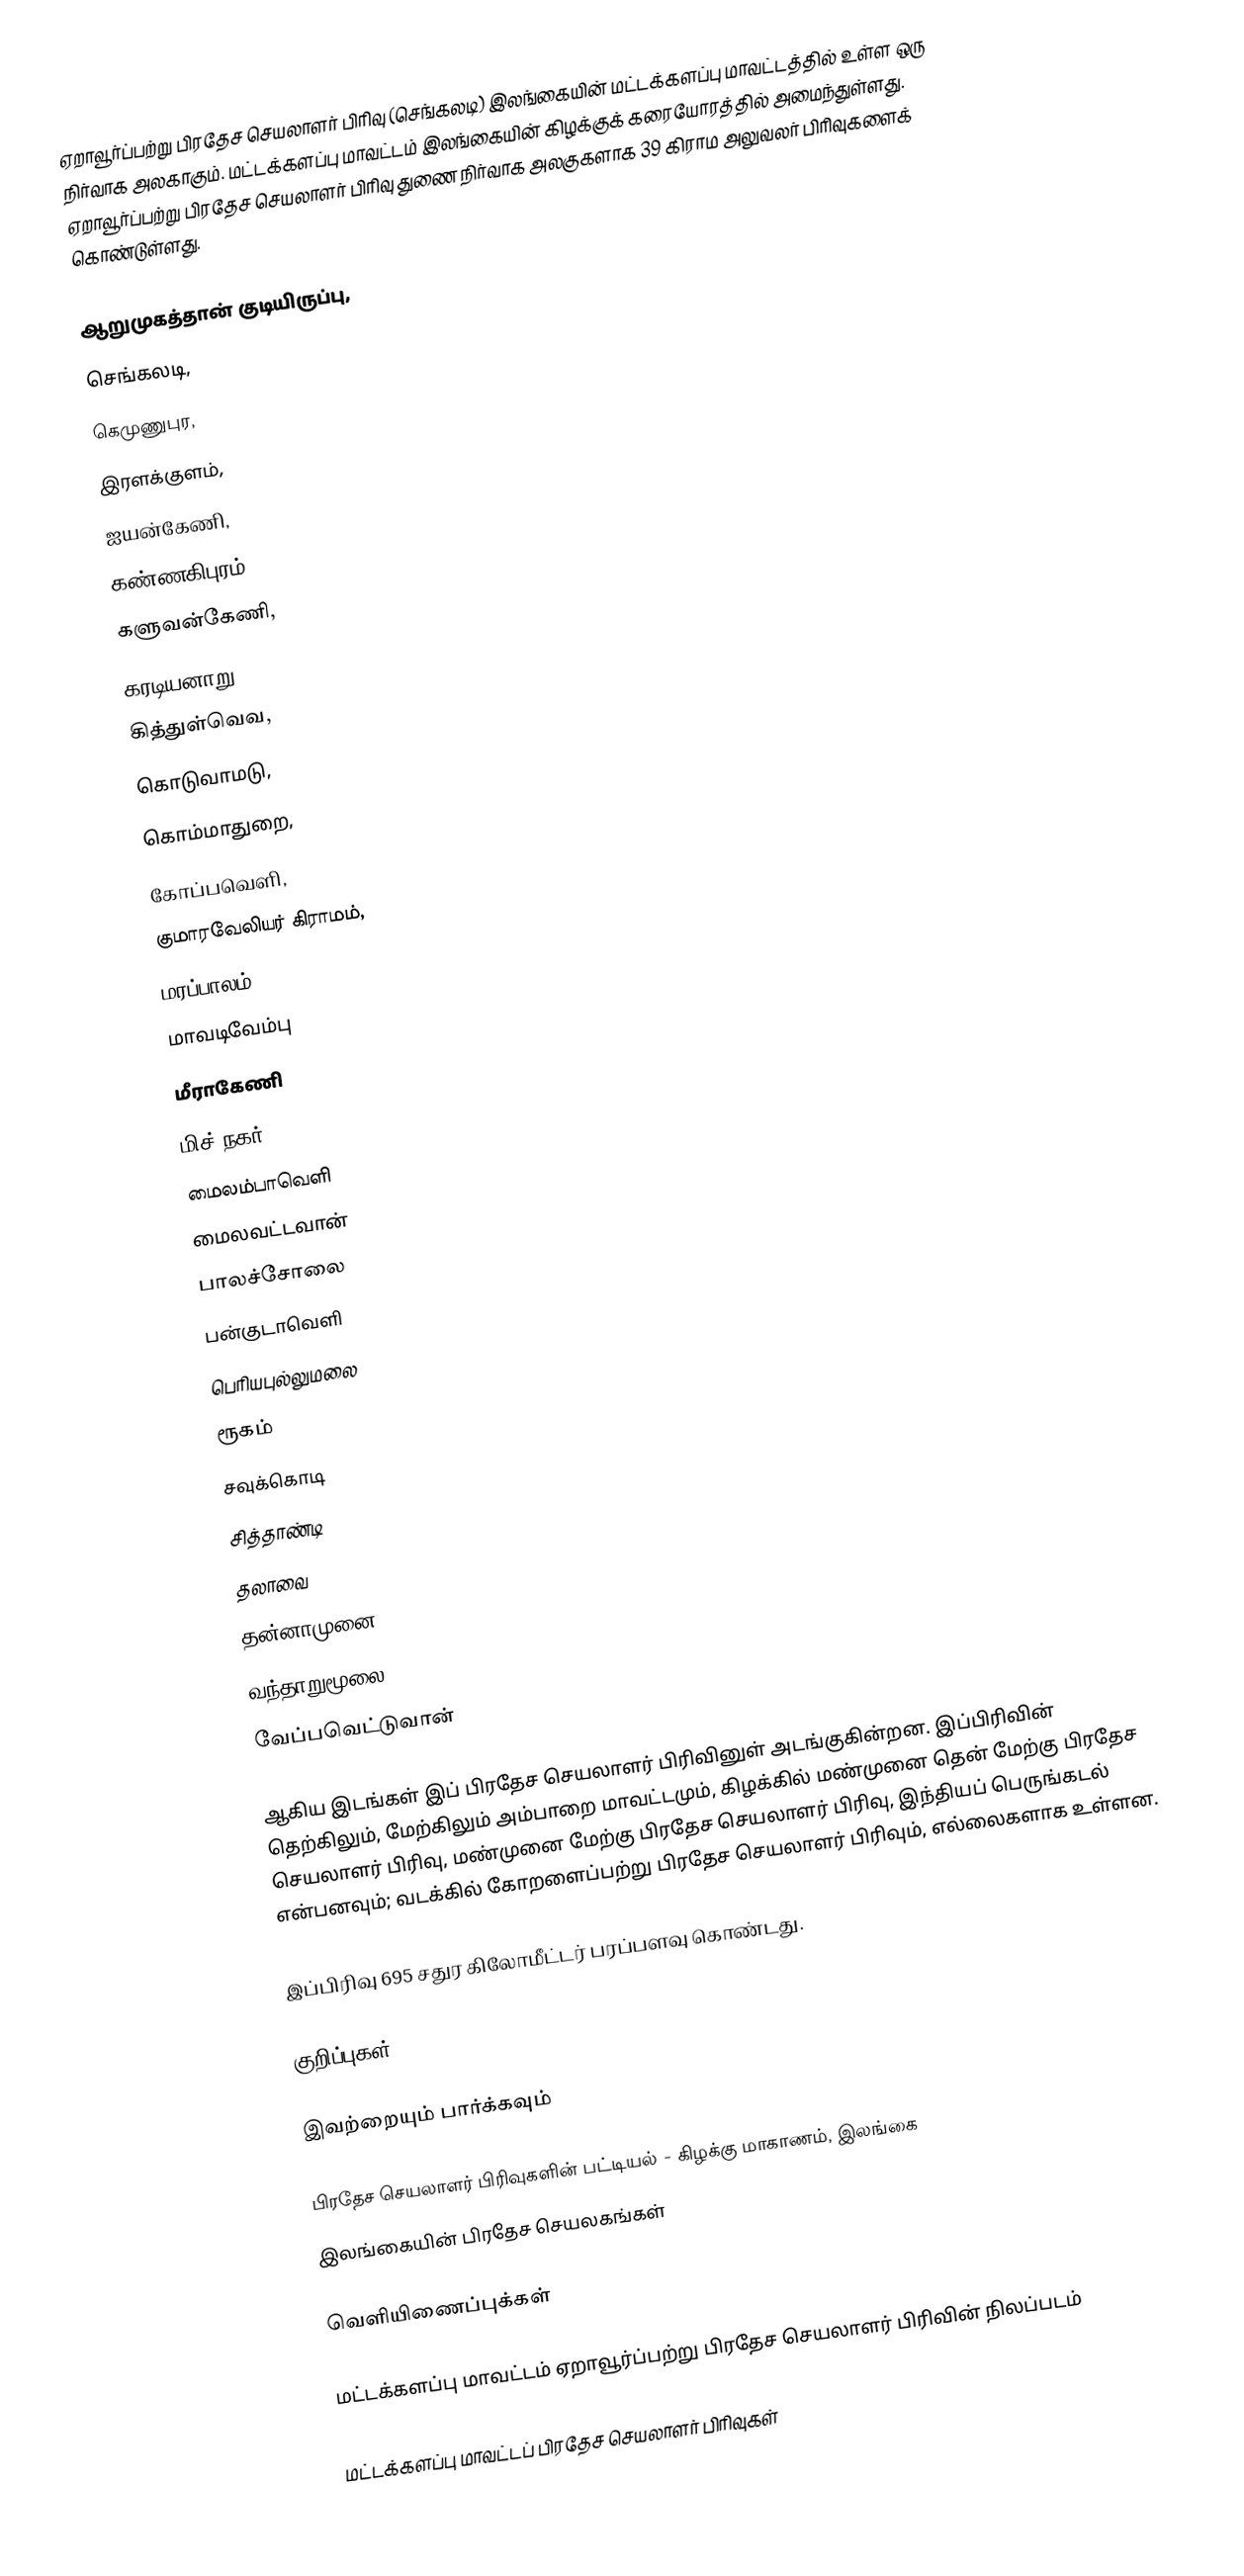
ஏறாவூர்ப்பற்று பிரதேச செயலாளர் பிரிவு (செங்கலடி) இலங்கையின் மட்டக்களப்பு மாவட்டத்தில் உள்ள ஒரு நிர்வாக அலகாகும். மட்டக்களப்பு மாவட்டம் இலங்கையின் கிழக்குக் கரையோரத்தில் அமைந்துள்ளது. ஏறாவூர்ப்பற்று பிரதேச செயலாளர் பிரிவு துணை நிர்வாக அலகுகளாக 39 கிராம அலுவலர் பிரிவுகளைக் கொண்டுள்ளது.

 ஆறுமுகத்தான் குடியிருப்பு,
 செங்கலடி,
 கெமுணுபுர,
 இரளக்குளம்,
 ஐயன்கேணி,
 கண்ணகிபுரம்,
 களுவன்கேணி,
 கரடியனாறு,
 கித்துள்வெவ,
 கொடுவாமடு,
 கொம்மாதுறை,
 கோப்பவெளி,
 குமாரவேலியர் கிராமம்,
 மரப்பாலம்
 மாவடிவேம்பு
 மீராகேணி
 மிச் நகர்
 மைலம்பாவெளி
 மைலவட்டவான்
 பாலச்சோலை
 பன்குடாவெளி
 பெரியபுல்லுமலை
 ரூகம்
 சவுக்கொடி
 சித்தாண்டி
 தலாவை
 தன்னாமுனை
 வந்தாறுமூலை
 வேப்பவெட்டுவான்

ஆகிய இடங்கள் இப் பிரதேச செயலாளர் பிரிவினுள் அடங்குகின்றன. இப்பிரிவின் தெற்கிலும், மேற்கிலும் அம்பாறை மாவட்டமும், கிழக்கில் மண்முனை தென் மேற்கு பிரதேச செயலாளர் பிரிவு, மண்முனை மேற்கு பிரதேச செயலாளர் பிரிவு, இந்தியப் பெருங்கடல் என்பனவும்; வடக்கில் கோறளைப்பற்று பிரதேச செயலாளர் பிரிவும், எல்லைகளாக உள்ளன.

இப்பிரிவு 695 சதுர கிலோமீட்டர் பரப்பளவு கொண்டது.

குறிப்புகள்

இவற்றையும் பார்க்கவும்

 பிரதேச செயலாளர் பிரிவுகளின் பட்டியல் - கிழக்கு மாகாணம், இலங்கை
 இலங்கையின் பிரதேச செயலகங்கள்

வெளியிணைப்புக்கள்

 மட்டக்களப்பு மாவட்டம் ஏறாவூர்ப்பற்று பிரதேச செயலாளர் பிரிவின் நிலப்படம்

மட்டக்களப்பு மாவட்டப் பிரதேச செயலாளர் பிரிவுகள்